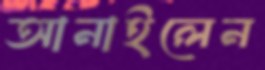
আনাইলেন